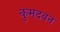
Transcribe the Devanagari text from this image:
कुमदवन